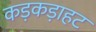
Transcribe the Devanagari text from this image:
कड़कड़ाहट